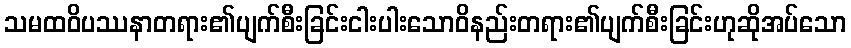
သမထဝိပဿနာတရား၏ပျက်စီးခြင်းငါးပါးသောဝိနည်းတရား၏ပျက်စီးခြင်းဟုဆိုအပ်သော